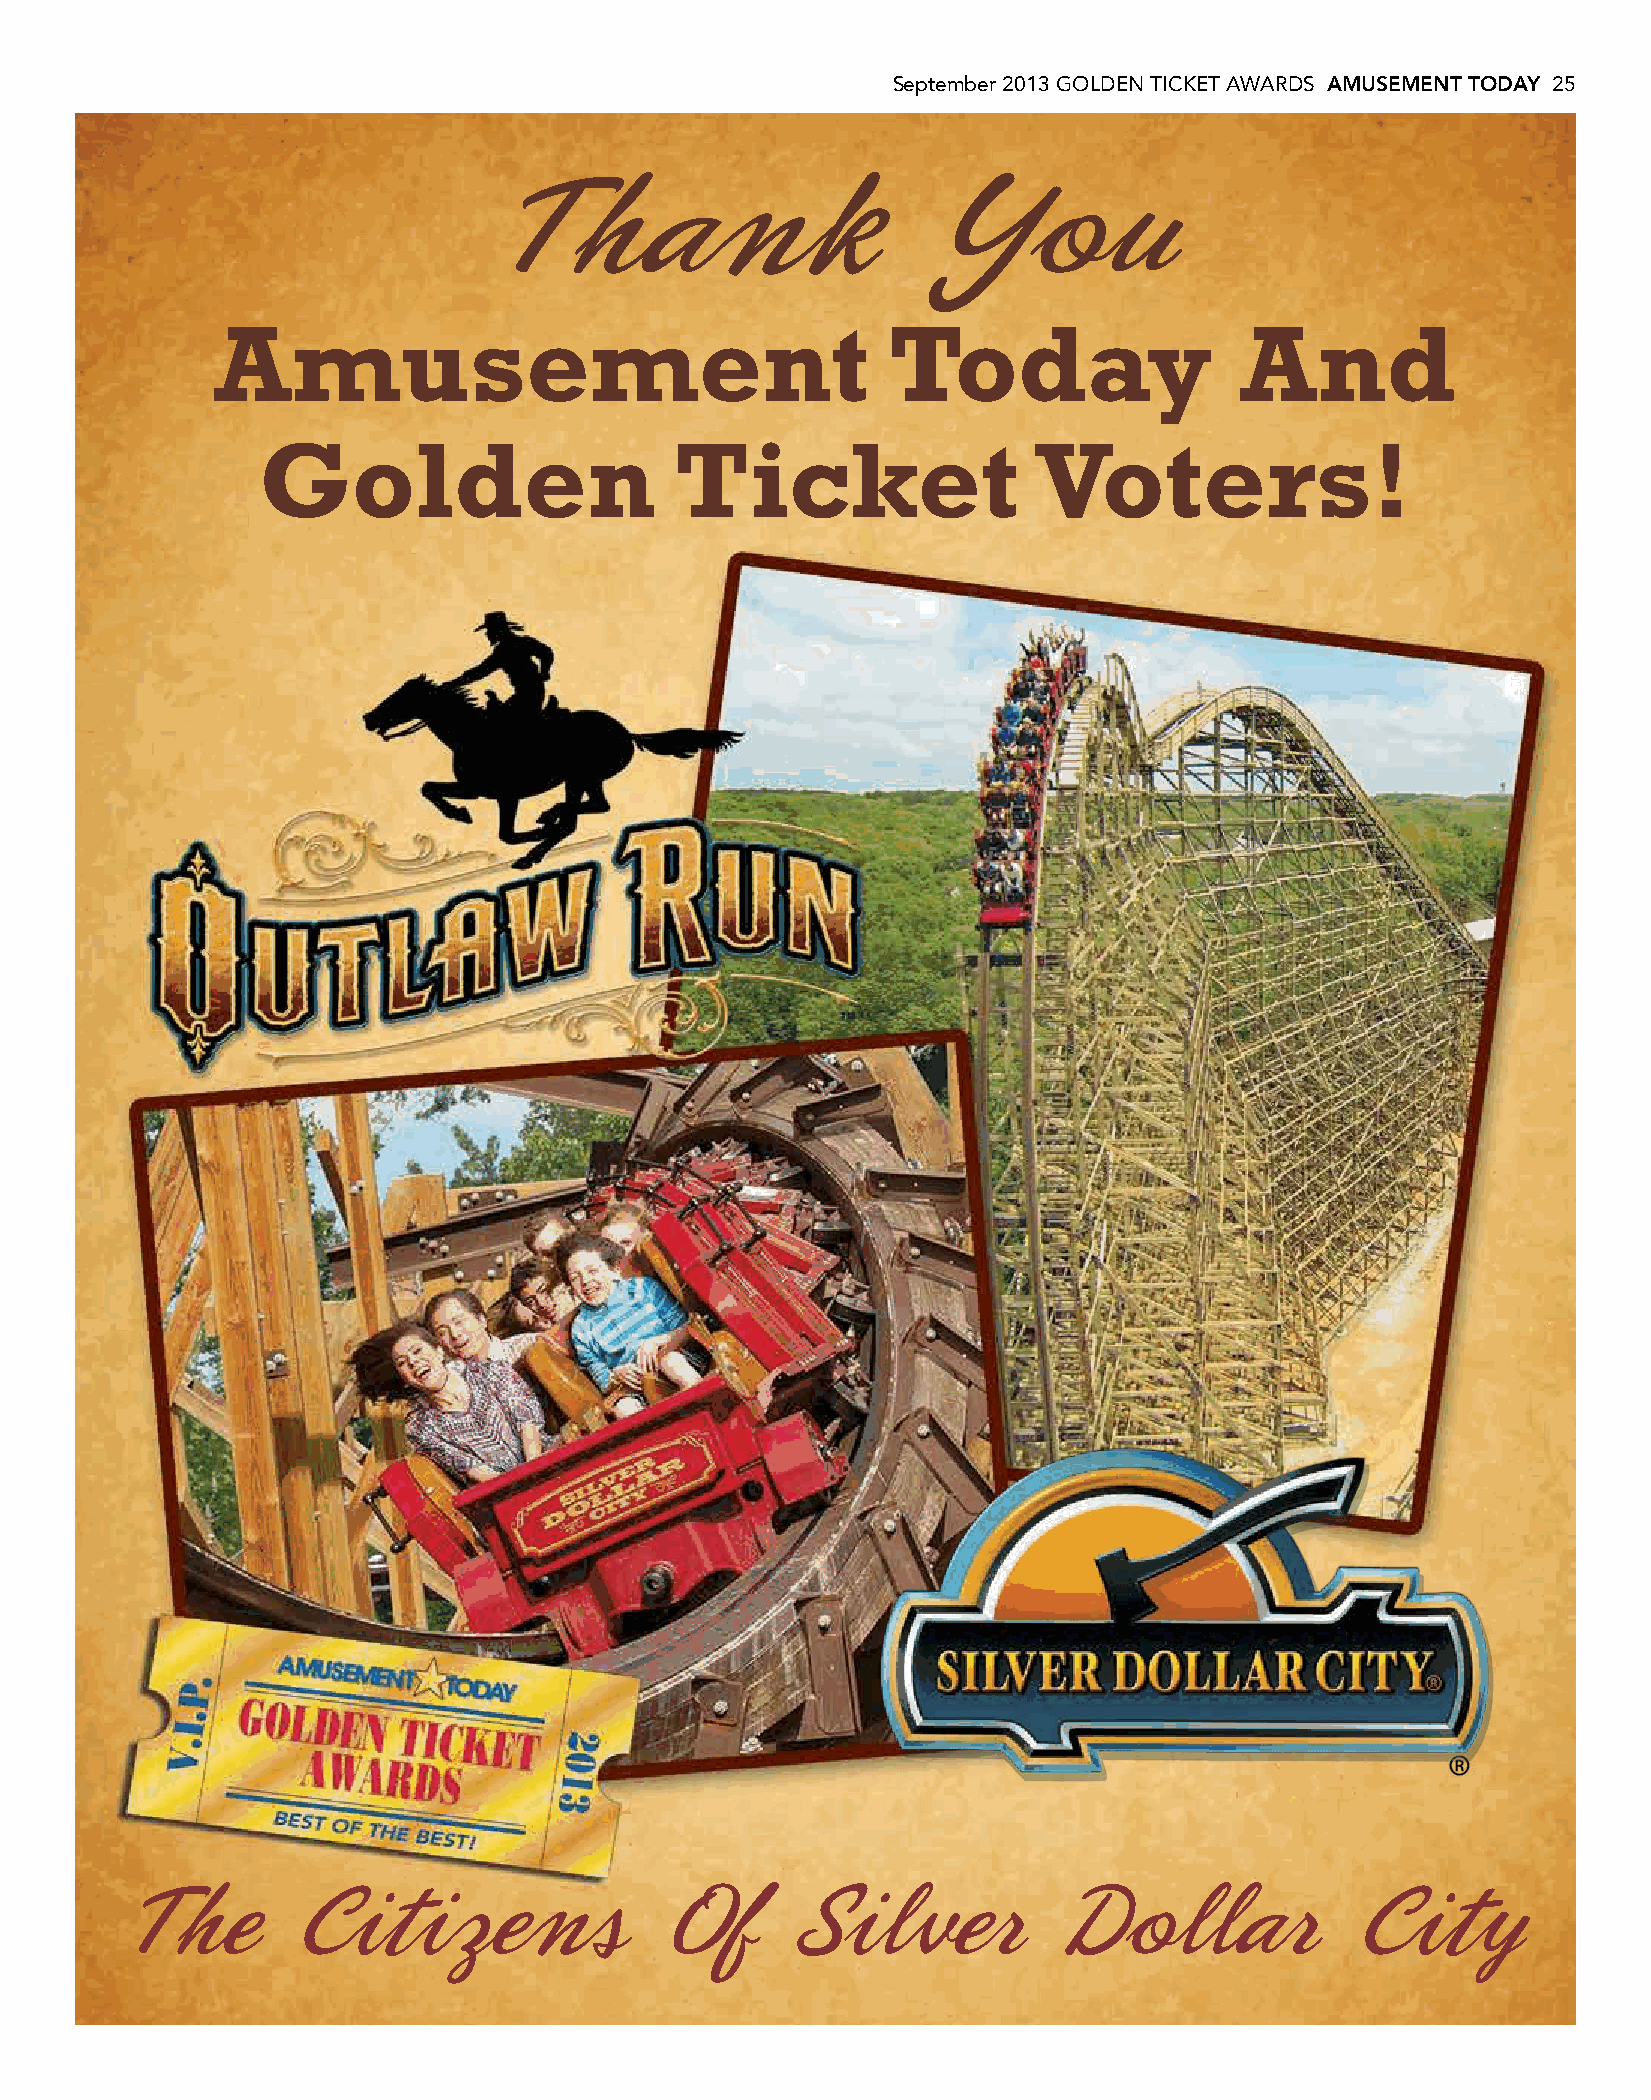
September 2013 GOLDEN TICKET AWARDS AMUSEMENT TODAY 25
 Thank                        You
 Amusement                                    Today                  And
 Golden                      Ticket                  Voters!
 The        Citizens                 Of      Silver            Dollar              City
 Golden Ticket Ad.indd 1                                                                   8/21/13 8:54:45 AM